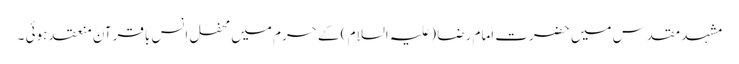
مشہد مقدس میں حضرت امام رضا (علیہ السلام ) کے حرم میں محفل انس باقرآن منعقد ہوئی ۔